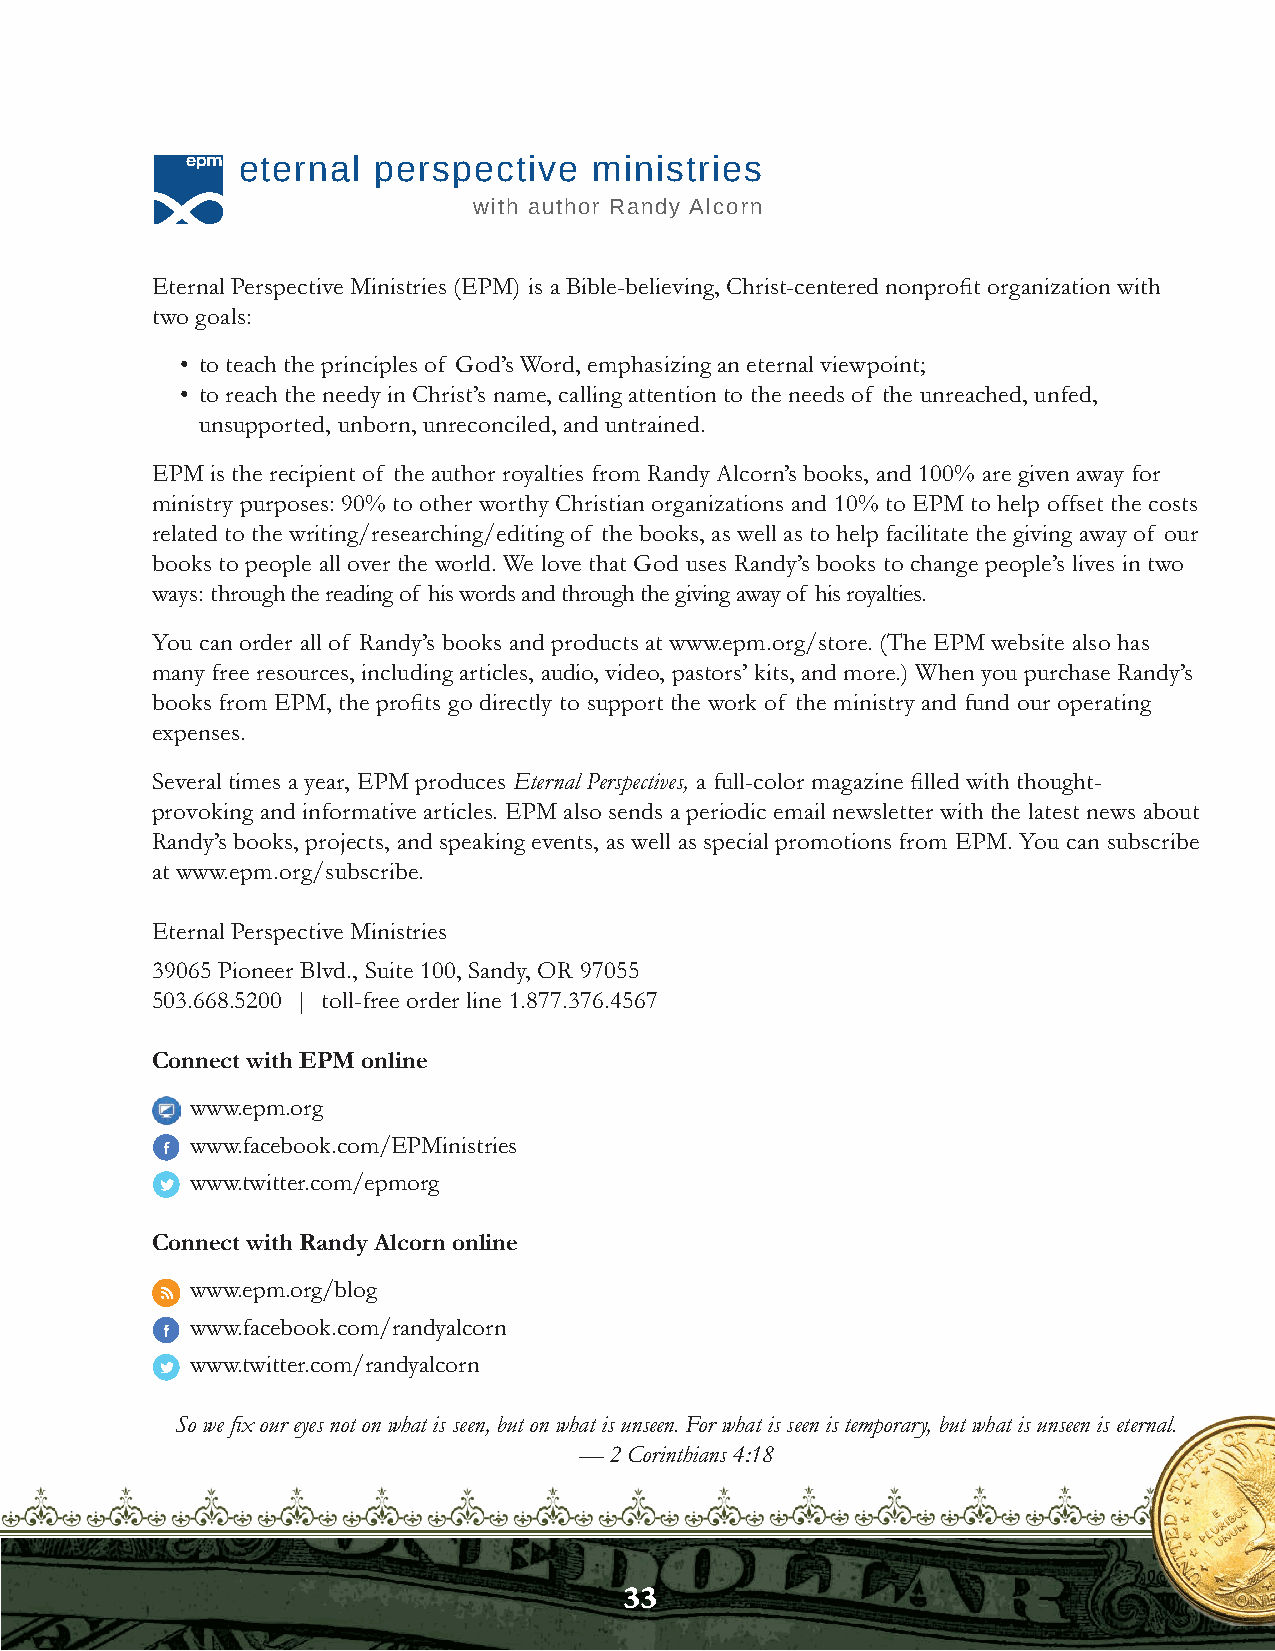
eternal  perspective   ministries
 with author Randy Alcorn
 Eternal Perspective Ministries (EPM) is a Bible-believing, Christ-centered nonprofit organization with
 two goals:
 • to teach the principles of God’s Word, emphasizing an eternal viewpoint;
 • to reach the needy in Christ’s name, calling attention to the needs of the unreached, unfed,
 unsupported, unborn, unreconciled, and untrained.
 EPM is the recipient of the author royalties from Randy Alcorn’s books, and 100% are given away for
 ministry purposes: 90% to other worthy Christian organizations and 10% to EPM to help offset the costs
 related to the writing/researching/editing of the books, as well as to help facilitate the giving away of our
 books to people all over the world. We love that God uses Randy’s books to change people’s lives in two
 ways: through the reading of his words and through the giving away of his royalties.
 You can order all of Randy’s books and products at www.epm.org/store. (The EPM website also has
 many free resources, including articles, audio, video, pastors’ kits, and more.) When you purchase Randy’s
 books from EPM, the profits go directly to support the work of the ministry and fund our operating
 expenses.
 Several times a year, EPM produces Eternal Perspectives, a full-color magazine filled with thought-
 provoking and informative articles. EPM also sends a periodic email newsletter with the latest news about
 Randy’s books, projects, and speaking events, as well as special promotions from EPM. You can subscribe
 at www.epm.org/subscribe.
 Eternal Perspective Ministries
 39065 Pioneer Blvd., Suite 100, Sandy, OR 97055
 503.668.5200 | toll-free order line 1.877.376.4567
 Connect with EPM online
 www.epm.org
 www.facebook.com/EPMinistries
 www.twitter.com/epmorg
 Connect with Randy Alcorn online
 www.epm.org/blog
 www.facebook.com/randyalcorn
 www.twitter.com/randyalcorn
 So we fix our eyes not on what is seen, but on what is unseen. For what is seen is temporary, but what is unseen is eternal.
 — 2 Corinthians 4:18
 3333